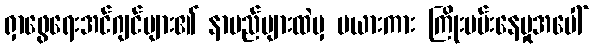
ရှာဖွေရေးအင်ဂျင်များ၏ နာမည်များထဲမှ မယားကား ကြိုးပမ်းနေမှုအပေါ်